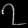
Digit: ၇